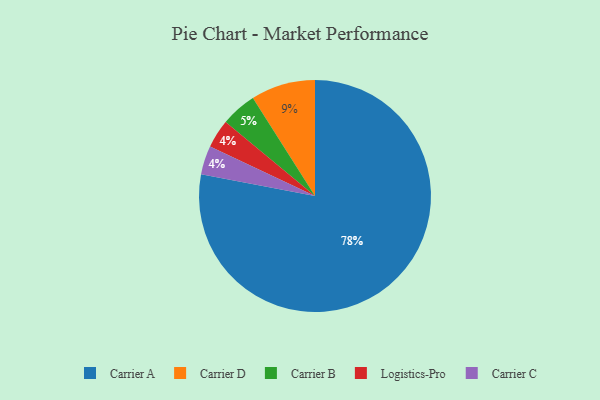
{"axis": {"x": "Category", "y": "Percentage"}, "legend": ["Carrier A", "Carrier B", "Carrier C", "Carrier D", "Logistics-Pro"], "data": [{"x": "Carrier D", "y": 9, "type": "Carrier D"}, {"x": "Carrier A", "y": 78, "type": "Carrier A"}, {"x": "Logistics-Pro", "y": 4, "type": "Logistics-Pro"}, {"x": "Carrier C", "y": 4, "type": "Carrier C"}, {"x": "Carrier B", "y": 5, "type": "Carrier B"}]}